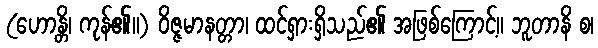
(ဟောန္တိ၊ ကုန်၏။) ဝိဇ္ဇမာနတ္တာ၊ ထင်ရှားရှိသည်၏ အဖြစ်ကြောင့်။ ဘူတာနိ စ၊